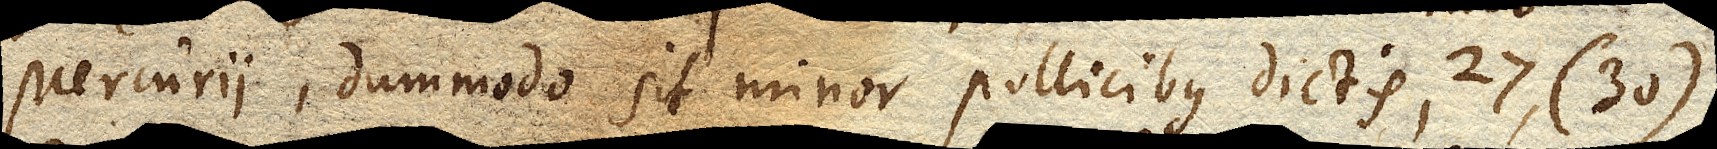
Mercurii, dummodo sit minor pollicibus dictis, 27, (30)